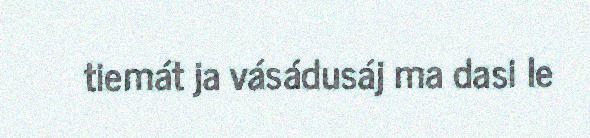
tiemát ja vásádusáj ma dasi le